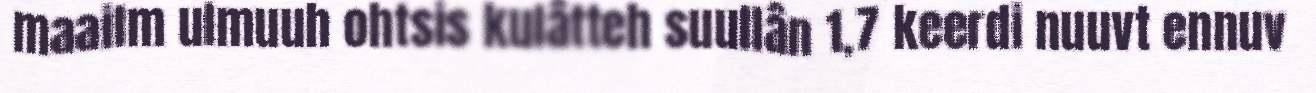
maailm ulmuuh ohtsis kulâtteh suullân 1,7 keerdi nuuvt ennuv